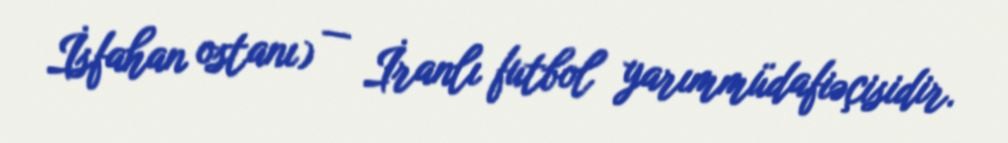
İsfahan ostanı) — İranlı futbol yarımmüdafiəçisidir.